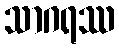
သာဂရဿ